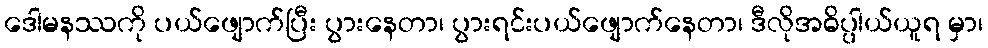
ဒေါမနဿကို ပယ်ဖျောက်ပြီး ပွားနေတာ၊ ပွားရင်းပယ်ဖျောက်နေတာ၊ ဒီလိုအဓိပ္ပါယ်ယူရ မှာ၊